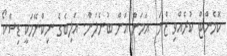
ކޮމެންޓް ކުރެއްވި ޒްނަ  އަމަން އަށް ބުނެލަން. އަލިބެގެ ނިކްނޭމަކީ ޑިސްކޯ